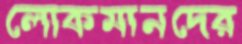
লোকমানদের